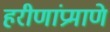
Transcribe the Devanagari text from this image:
हरीणांप्रमाणे